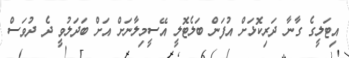
އިޓަލީގެ ގާނާ ދަރިކޮޅަށް އުފަން ބަލެޓޮލީ އޭސީމިލާނަށް އަށް ބަދަލުވީ ދެ ދުވަސް